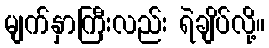
မျက်နှာကြီးလည်း ရဲချိပ်လို့။